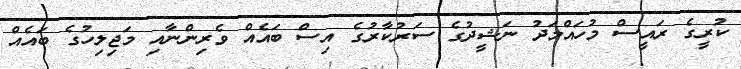
ކުރީގެ ރައީސް މުހައްމަދު ނަޝީދުގެ ސަރުކާރުގެ އިސް ބައެއް ވެރިންނާއި މަޖިލިހުގެ ބައެއް